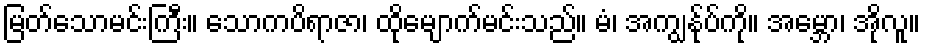
မြတ်သောမင်းကြီး။ သောကပိရာဇာ၊ ထိုမျောက်မင်းသည်။ မံ၊ အကျွန်ုပ်ကို။ အမ္ဘော၊ အိုလူ။